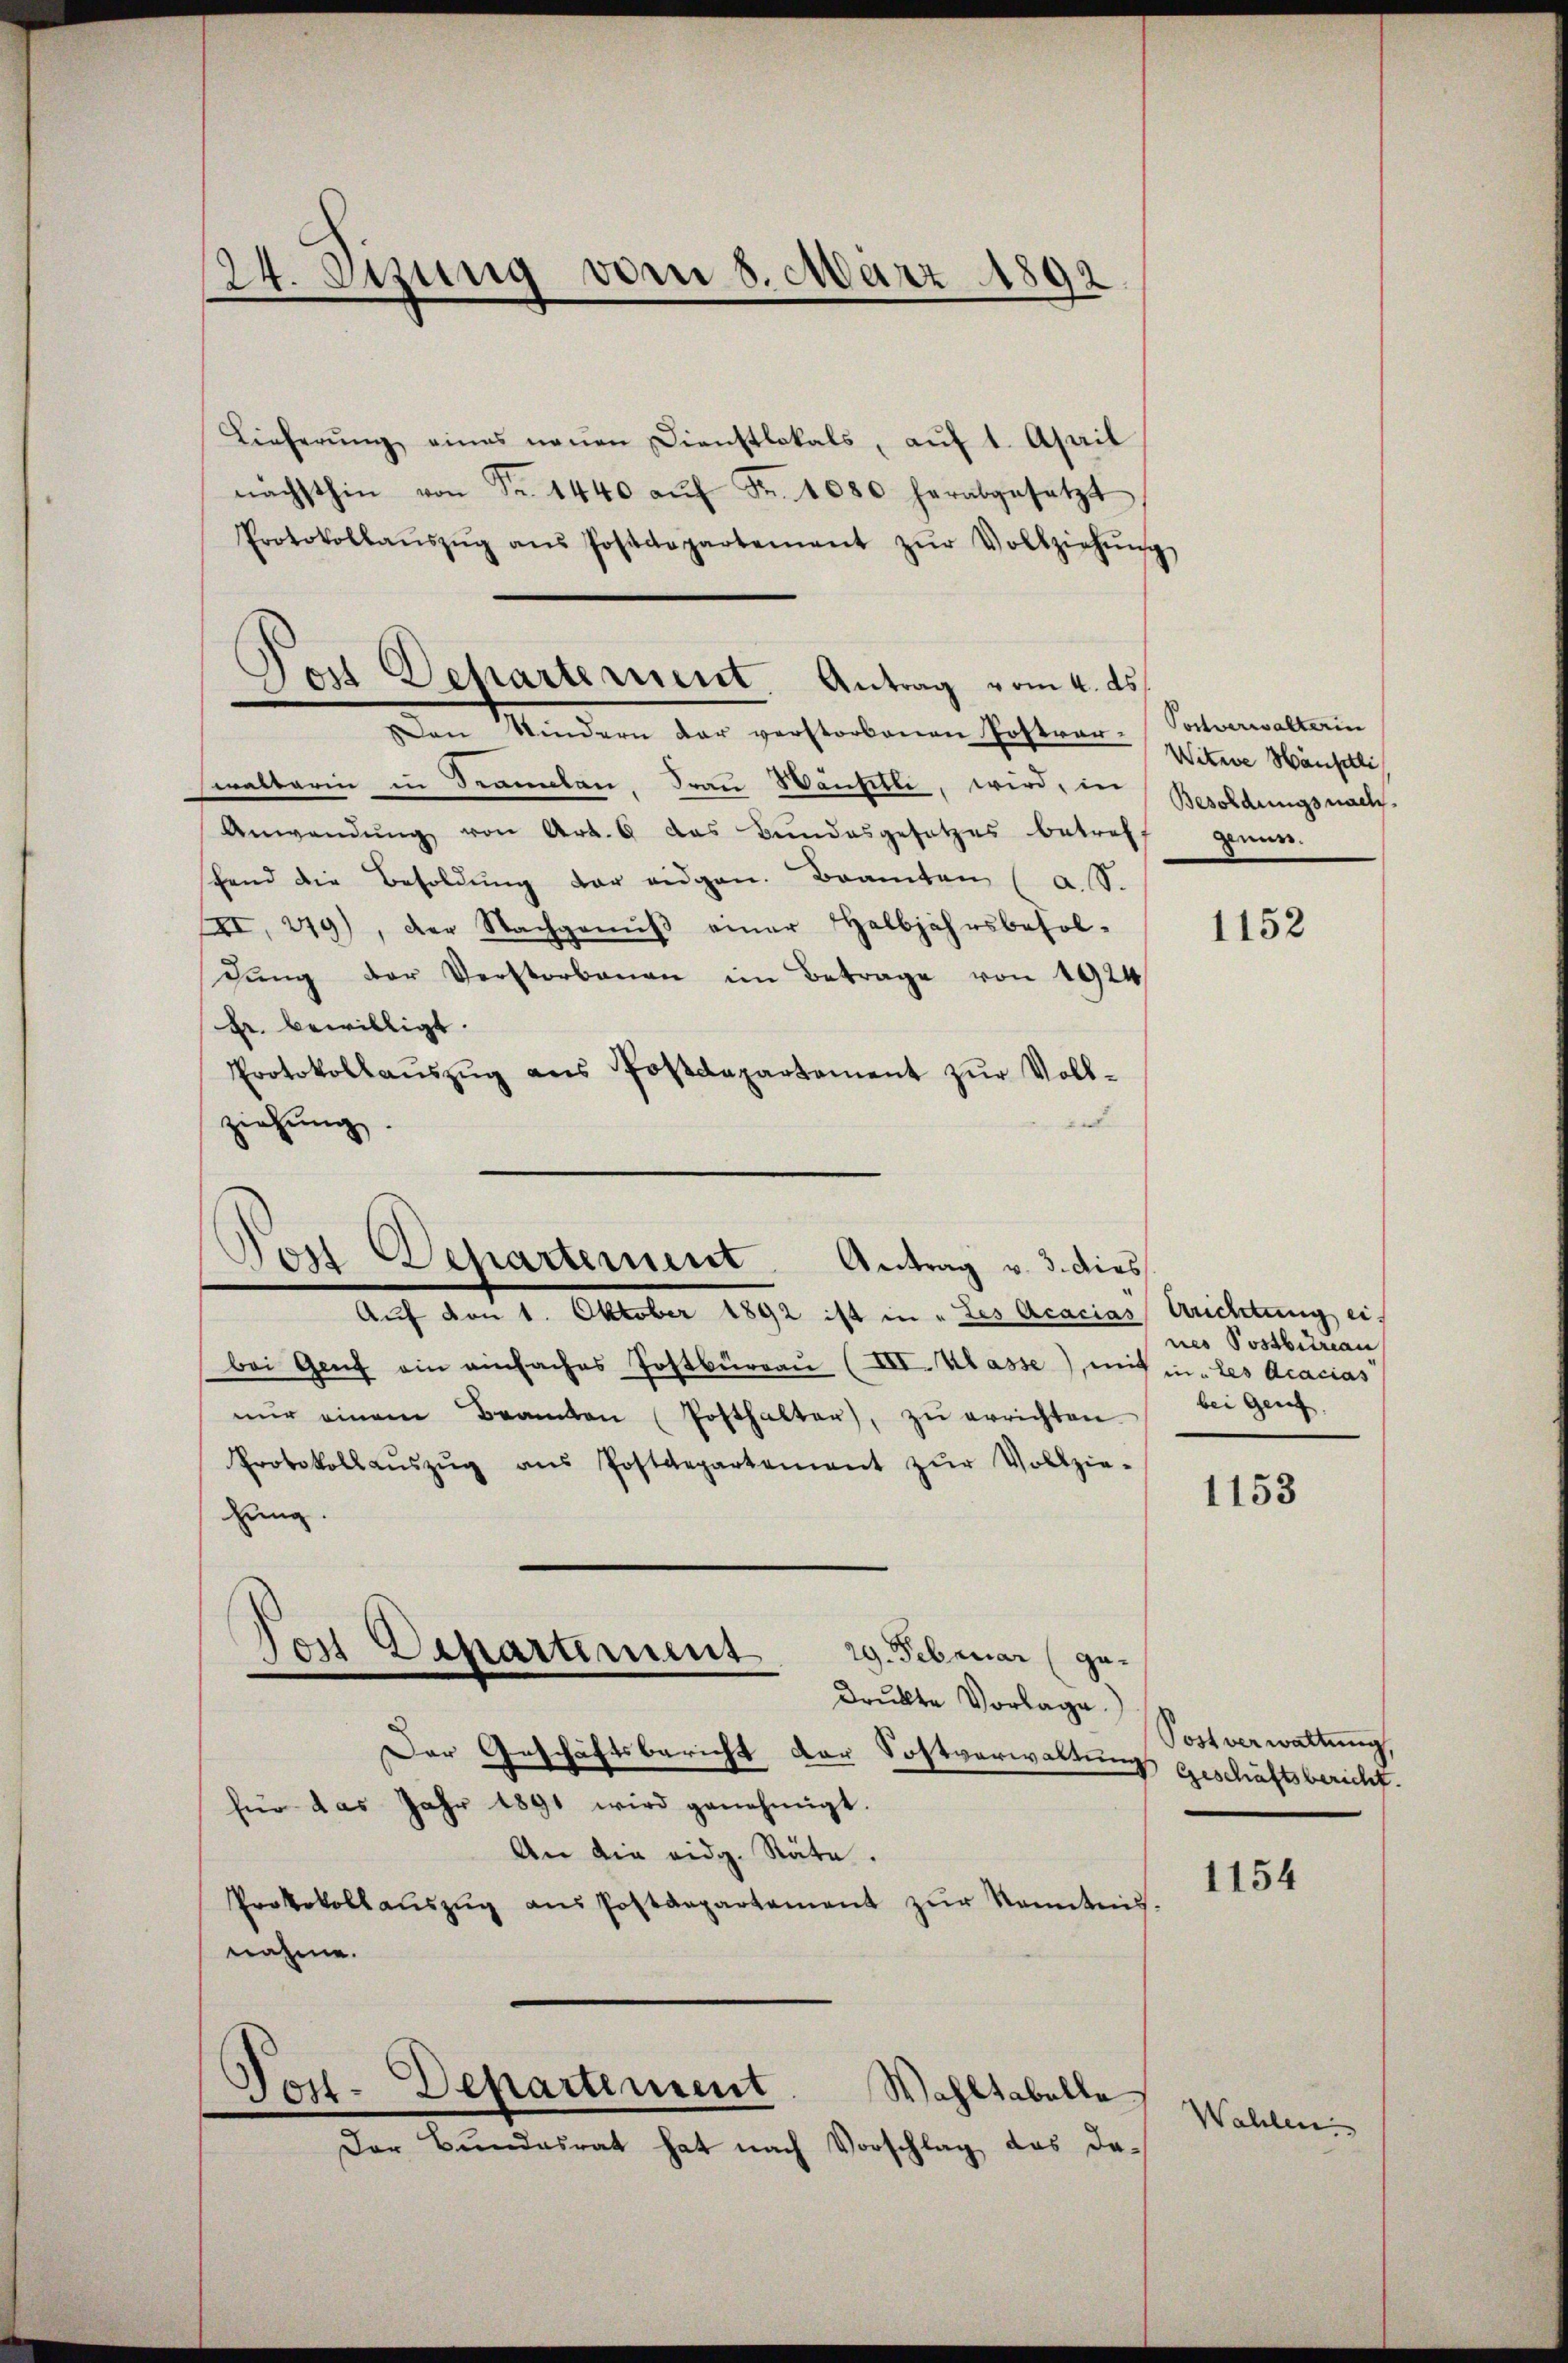
124. Stung vom 8. März 1892

Lieferŭng eines neŭen Dienstlokals, aŭf 1. April
nächsthin von Fr. 1440 aŭf Fr. 1080 herabgesetzt
Protokollaŭszŭg aŭs Postdepartement zŭr Vollziehŭng
Den Kindern der verstorbenen Postrer Witwe Häuptli,
walterin in Samlen, Frau Wäntelle, wird, in Besoldungsnach¬
Anwendŭng von Art. 6 das Bŭndesgesetzes betreff genen.
fend die Besoldŭng der eidgen. Beamten (a. S.
I. 219), der Nachgenŭβ einer Halbjahrsbesoldŭng der Verstorbenen im Betrage von 1924
Fr. bewilligt.
Protokollaŭszŭg ans Postdepartement zŭr Voll-
ziehung.

Tos Departement. Antrag vom 4. ds.

Auch den 1. Oktober 1894 ist in der Acarian Bericherung, ei
bei Genf ein einfaches Postbürgau (III. Klasse), mit in les Acacias
nŭr einem Beamten (Posthalter), zŭ errichten
Protokollaŭszŭg aŭs Postdepartement zŭr Vollzie-
hung.
drukte Vorlage.
Der Geschäftsbericht der Sostverwaltung geschäftsbericht.
für das Jahr 1891 wird genehmigt.
An die eidg. Räte.
Protokollaŭszŭg aŭs Postdepartement zŭr Kenntnis-
nahme.
Tos-Departement
Wahltabelle
Der Bundesrat hat nach Vorschlag das da-

Pos Departement Antrag v. 3. dies

Von Departement. 29. Februar (ge-

Postverwalterin

1152

nes Postbureau
bei Genf.

1153

Post verwaltung,

1154

Wahlen